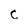
Character: c